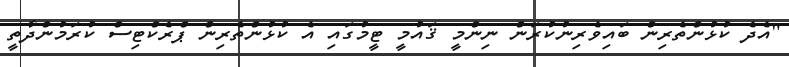
"އެދެ ކުޅުންތެރިން ބައިވެރިނުކުރަން ނިންމީ ޤައުމީ ޓީމުގައި އެ ކުޅުންތެރިން ޕްރެކްޓިސް ކުރަމުންދާތީ